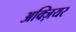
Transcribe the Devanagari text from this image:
अक्ज़ियर